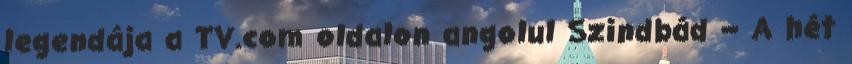
legendája a TV.com oldalon angolul Szindbád – A hét